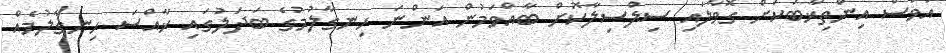
އަވަސް އިންތިޚާބަކަށް ގޮވާލައި ސިލްސިލާކޮށް ބާއްވަމުން އަންނަ ހިނގާލުމުގެ ބަދަލުގައި ޚާއްސަ ހިނގާލުމެއް